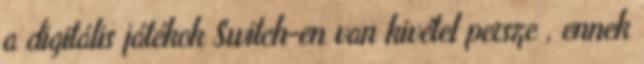
a digitális játékok Switch-en van kivétel persze , ennek